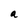
Character: a